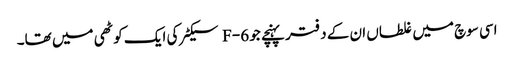
اسی سوچ میں غلطاں ان کے دفتر پہنچے جو F-6 سیکٹر کی ایک کوٹھی میں تھا۔